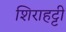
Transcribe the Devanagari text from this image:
शिराहट्टी